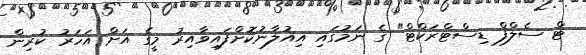
ޓް ސެލްފް ޑިސްޓްރަކްޓް" ގެ ނަމުގައި އިއުލާނުކޮށްފައިވާއިރު މީގެ އަށް އަހަރު ކުރިން